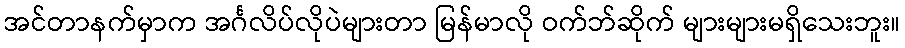
အင်တာနက်မှာက အင်္ဂလိပ်လိုပဲများတာ မြန်မာလို ဝက်ဘ်ဆိုက် များများမရှိသေးဘူး။